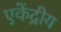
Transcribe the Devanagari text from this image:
एकेंद्रीय